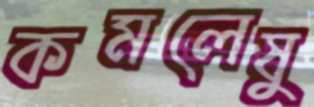
কমলেষু